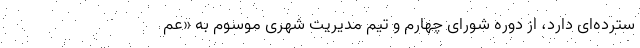
سترده‌ای دارد، از دوره شورای چهارم و تیم مدیریت شهری موسوم به «عم